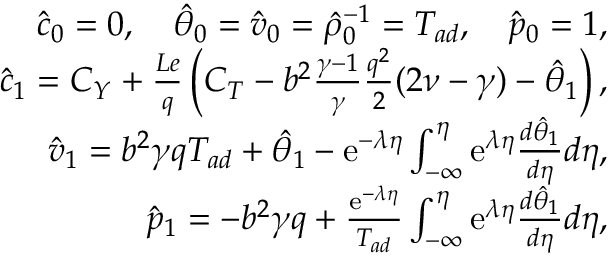
\begin{array} { r } { \hat { c } _ { 0 } = 0 , \quad \hat { \theta } _ { 0 } = \hat { v } _ { 0 } = \hat { \rho } _ { 0 } ^ { - 1 } = T _ { a d } , \quad \hat { p } _ { 0 } = 1 , } \\ { \hat { c } _ { 1 } = C _ { Y } + \frac { L e } { q } \left( C _ { T } - b ^ { 2 } \frac { \gamma - 1 } { \gamma } \frac { q ^ { 2 } } { 2 } ( 2 \nu - \gamma ) - \hat { \theta } _ { 1 } \right) , } \\ { \hat { v } _ { 1 } = b ^ { 2 } \gamma q T _ { a d } + \hat { \theta } _ { 1 } - \mathrm { e } ^ { - \lambda \eta } \int _ { - \infty } ^ { \eta } \mathrm { e } ^ { \lambda \eta } \frac { d \hat { \theta } _ { 1 } } { d \eta } d \eta , } \\ { \hat { p } _ { 1 } = - b ^ { 2 } \gamma q + \frac { \mathrm { e } ^ { - \lambda \eta } } { T _ { a d } } \int _ { - \infty } ^ { \eta } \mathrm { e } ^ { \lambda \eta } \frac { d \hat { \theta } _ { 1 } } { d \eta } d \eta , } \end{array}